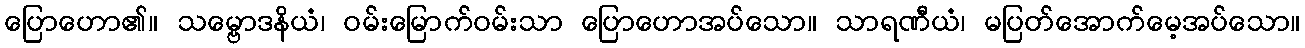
ပြောဟော၏။ သမ္ဗောဒနိယံ၊ ဝမ်းမြောက်ဝမ်းသာ ပြောဟောအပ်သော။ သာရဏီယံ၊ မပြတ်အောက်မေ့အပ်သော။